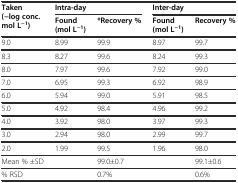
<table><thead><tr><td rowspan="2"><b>Taken (−log conc. mol L<sup>−1</sup>)</b></td><td colspan="2"><b>Intra-day</b></td><td colspan="2"><b>Inter-day</b></td></tr><tr><td><b>Found (mol L<sup>−1</sup>)</b></td><td><b>*Recovery %</b></td><td><b>Found (mol L<sup>−1</sup>)</b></td><td><b>Recovery %</b></td></tr></thead><tbody><tr><td>9.0</td><td>8.99</td><td>99.9</td><td>8.97</td><td>99.7</td></tr><tr><td>8.3</td><td>8.27</td><td>99.6</td><td>8.24</td><td>99.3</td></tr><tr><td>8.0</td><td>7.97</td><td>99.6</td><td>7.92</td><td>99.0</td></tr><tr><td>7.0</td><td>6.95</td><td>99.3</td><td>6.92</td><td>98.9</td></tr><tr><td>6.0</td><td>5.94</td><td>99.0</td><td>5.91</td><td>98.5</td></tr><tr><td>5.0</td><td>4.92</td><td>98.4</td><td>4.96</td><td>99.2</td></tr><tr><td>4.0</td><td>3.92</td><td>98.0</td><td>3.97</td><td>99.3</td></tr><tr><td>3.0</td><td>2.94</td><td>98.0</td><td>2.99</td><td>99.7</td></tr><tr><td>2.0</td><td>1.99</td><td>99.5</td><td>1.96</td><td>98.0</td></tr><tr><td>Mean % ±SD</td><td></td><td>99.0±0.7</td><td></td><td>99.1±0.6</td></tr><tr><td>% RSD</td><td></td><td>0.7%</td><td></td><td>0.6%</td></tr></tbody></table>